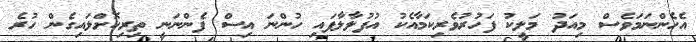
އެހެންނަމަވެސް މިއަދު މަލީކު ފަހުރުވެރިކަމާއެކު އުފުލާލާފައި ހުންނަ އިސް ފެންނަނީ ތިރިކޮށްލައިގެން ހުރެ